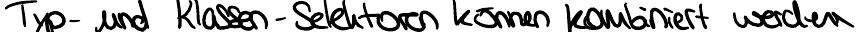
Typ- und Klassen-Selektoren können kombiniert werden